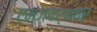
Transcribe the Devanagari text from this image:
एम्ज़वर्थवर